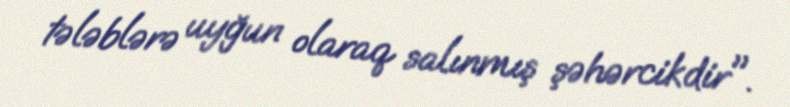
tələblərə uyğun olaraq salınmış şəhərcikdir".